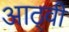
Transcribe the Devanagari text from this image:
आठ्वीं